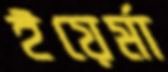
ইয়ের্মা